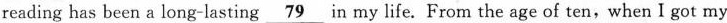
reading has been a long-lasting \underline{79} in my life. From the age of ten,when I got my